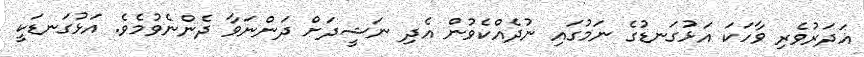
ޣަދަރުވެރި ވާހަކަ އަޅުގަނޑުގެ ނަމުގައި ނުދެއްކެވުން އެދި ނަޝީދަށް ދަންނަވާ ދެންނެވުމެވެ. އަޅުގަނޑަކީ